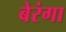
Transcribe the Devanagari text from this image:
बेरंगा